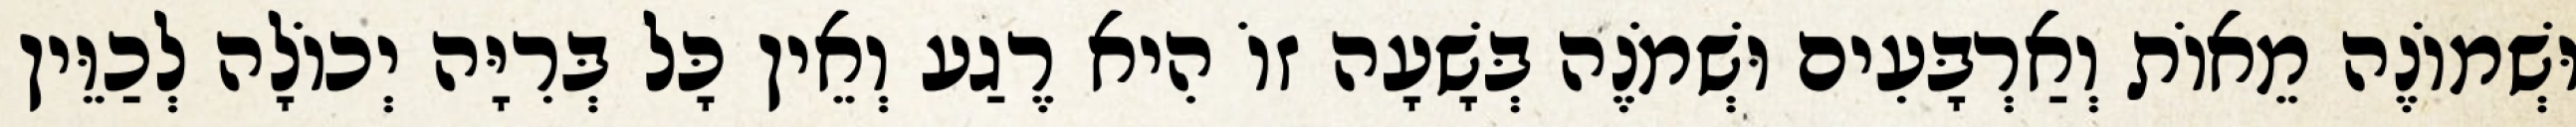
וּשְׁמוֹנֶה מֵאוֹת וְאַרְבָּעִים וּשְׁמֹנֶה בְּשָׁעָה זוֹ הִיא רֶגַע וְאֵין כָּל בְּרִיָּה יְכוֹלָה לְכַוֵּין